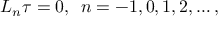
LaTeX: L _ { n } \tau = 0 , \, \, \, n = - 1 , 0 , 1 , 2 , \dots ,